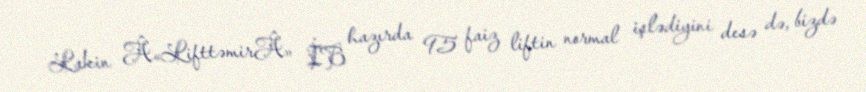
Lakin Â«LifttəmirÂ» İB hazırda 95 faiz liftin normal işlədiyini desə də, bizdə